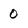
Character: 0